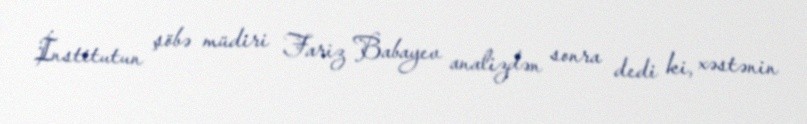
İnstitutun şöbə müdiri Fariz Babayev analizdən sonra dedi ki, xəstənin